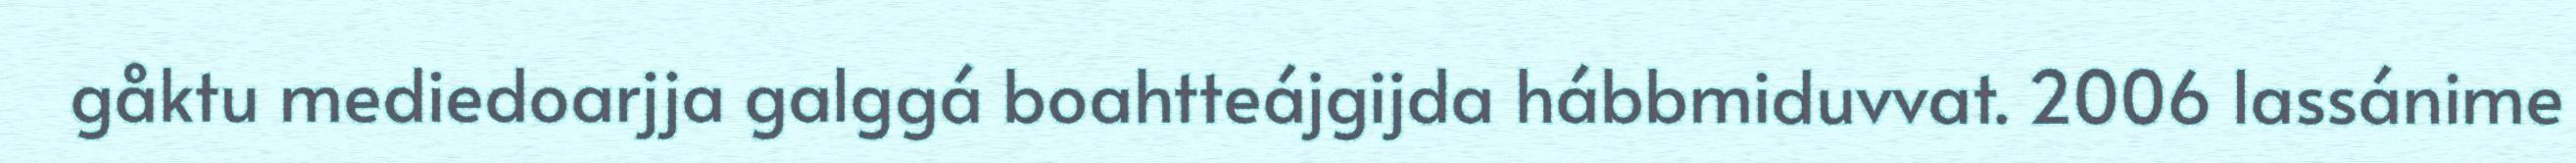
gåktu mediedoarjja galggá boahtteájgijda hábbmiduvvat. 2006 lassánime